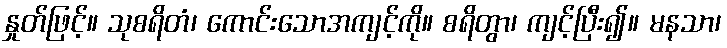
နှုတ်ဖြင့်။ သုစရိတံ၊ ကောင်းသောအကျင့်ကို။ စရိတွာ၊ ကျင့်ပြီး၍။ မနသာ၊